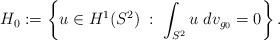
LaTeX: \begin{align*}H_0:=\left\{u\in H^1(S^2)\;: \;\int_{S^2} u\; dv_{g_0} =0\right\}.\end{align*}